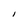
Character: I